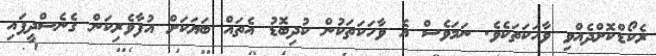
ރެކޯޑްކޮށްދެއްވި ވާހަކަތަކެވެ. ނަމަވެސް އެ ވާހަކަތަކުން ކުދިބޮޑު އެތައް ބަޔަކަށް އުފާވެރިކަން ގެނެސްދީފައި